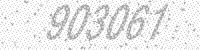
Solution: 903061